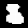
Digit: 8